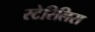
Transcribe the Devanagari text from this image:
स्टेरिलिस